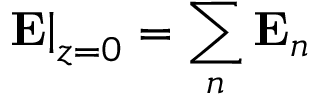
\left. { \bf E } \right| _ { z = 0 } = \sum _ { n } { \bf E } _ { n }